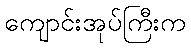
ကျောင်းအုပ်ကြီးက